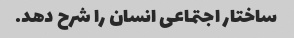
ساختار اجتماعی انسان را شرح دهد.